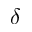
\delta